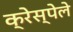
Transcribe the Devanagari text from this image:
क्रेस्पेले